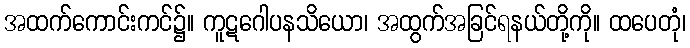
အထက်ကောင်းကင်၌။ ကူဋဂေါပနသိယော၊ အထွက်အခြင်ရနယ်တို့ကို။ ထပေတုံ၊